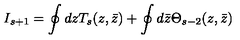
I _ { s + 1 } = \oint d z T _ { s } ( z , \bar { z } ) + \oint d \bar { z } \Theta _ { s - 2 } ( z , \bar { z } )